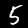
Digit: 5